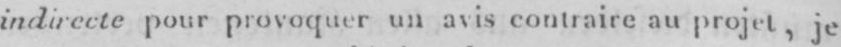
indirecte pour provoquer un avis contraire au projet, je